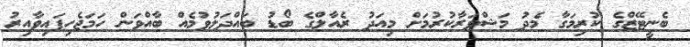
ބެނީޓޭޒްގެ ކުރިމަގާ މެދު މަޝްވަރާކުރުމަށް މިއަދު ރެއާލްގެ ބޯޑު ބައްދަލުވުމެއް ބާއްވަން ހަމަޖެހިފައިވާއިރު